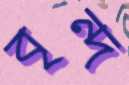
বৃন্দ